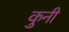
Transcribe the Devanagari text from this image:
कुनी